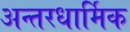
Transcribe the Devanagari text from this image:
अन्तरधार्मिक